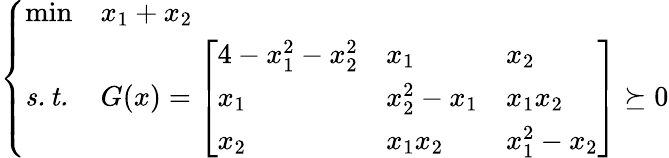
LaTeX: \left\{ \begin{array}{lll}{\operatorname*{min}}&{x_{1}+x_{2}}\\ {\mathit{s.t.}}&{G(x)=\left[\begin{array}{lll}{4-x_{1}^{2}-x_{2}^{2}}&{x_{1}}&{x_{2}}\\ {x_{1}}&{x_{2}^{2}-x_{1}}&{x_{1}x_{2}}\\ {x_{2}}&{x_{1}x_{2}}&{x_{1}^{2}-x_{2}}\end{array}\right]\succeq 0}\end{array}\right.